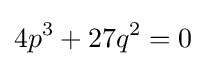
4p^{3}+27q^{2}=0